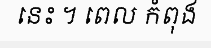
នេះ ។ ពេល កំពុង